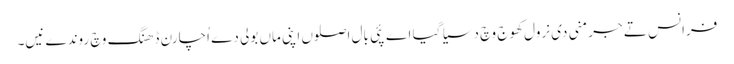
فرانس تے جرمنی دی نرول کھوج وچ دسیا گیا اے پئی بال اصلوں اپنی ماں بولی دے اُچارن ڈھنگ وچ روندے نیں۔